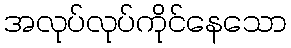
အလုပ်လုပ်ကိုင်နေသော